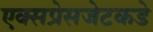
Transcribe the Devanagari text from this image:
एक्सप्रेसजेटकडे